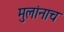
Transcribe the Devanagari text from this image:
मुलांनाच